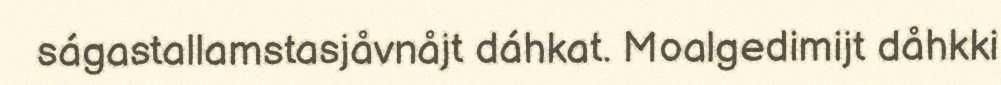
ságastallamstasjåvnåjt dáhkat. Moalgedimijt dåhkki